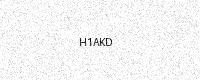
Text: H1AKD